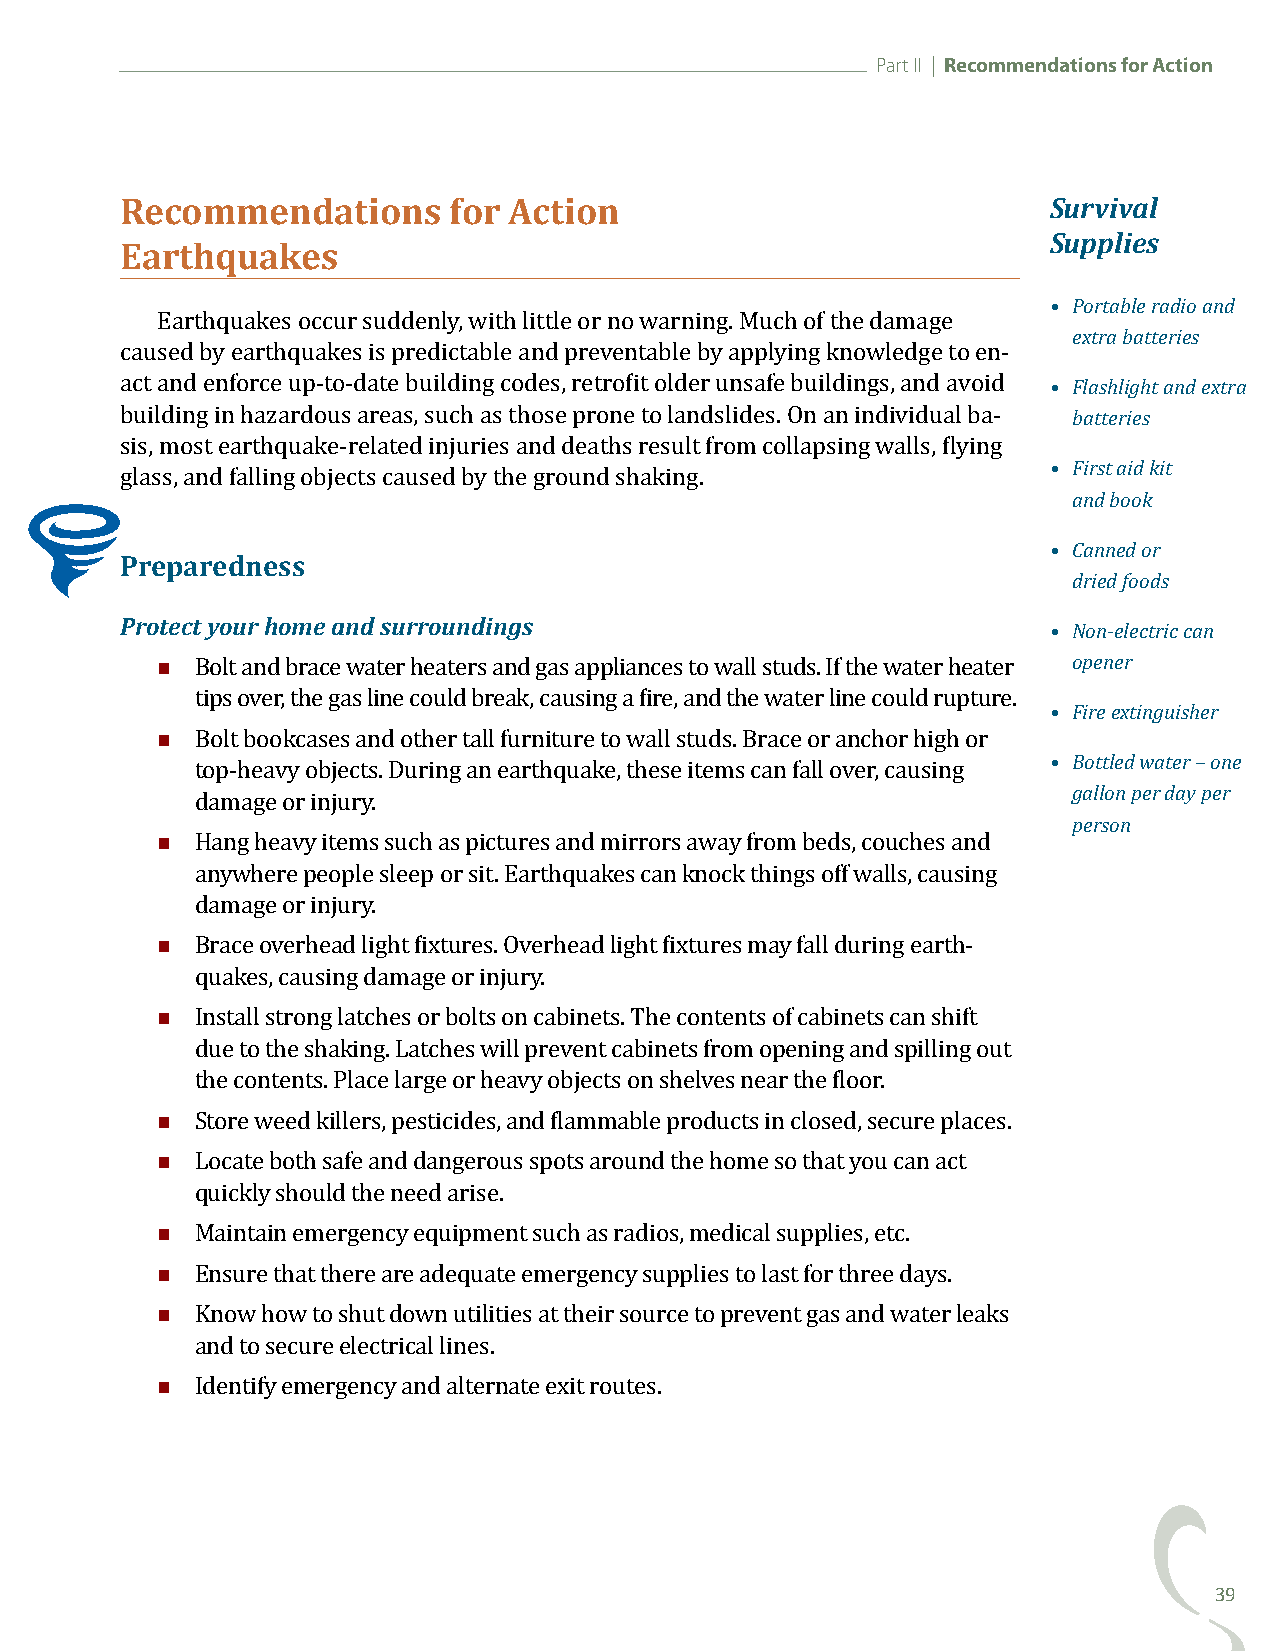
Part II | Recommendations for Action
 Recommendations       for Action                              Survival
 Supplies
 Earthquakes
 • Portable radio and
 extra batteries
 Earthquakes occur suddenly, with little or no warning. Much of the damage
 • Flashlight and extra
 caused by earthquakes is predictable and preventable by applying knowledge to en-
 batteries
 act and enforce up-to-date building codes, retrofit older unsafe buildings, and avoid
 building in hazardous areas, such as those prone to landslides. On an individual ba- • First aid kit
 sis, most earthquake-related injuries and deaths result from collapsing walls, flying and book
 glass, and falling objects caused by the ground shaking.
 • Canned or
 Preparedness
 dried foods
 Protect your home and surroundings                            • Non-electric can
 opener
 
 • Fire extinguisher
 Bolt and brace water heaters and gas appliances to wall studs. If the water heater
 
 tips over, the gas line could break, causing a fire, and the water line could rupture.
 • Bottled water – one
 Bolt bookcases and other tall furniture to wall studs. Brace or anchor high or gallon per day per
 top-heavy objects. During an earthquake, these items can fall over, causing person
 
 damage or injury.
 Hang heavy items such as pictures and mirrors away from beds, couches and
 anywhere people sleep or sit. Earthquakes can knock things off walls, causing
 
 damage or injury.
 Brace overhead light fixtures. Overhead light fixtures may fall during earth-
 
 quakes, causing damage or injury.
 Install strong latches or bolts on cabinets. The contents of cabinets can shift
 due to the shaking. Latches will prevent cabinets from opening and spilling out
 
 the contents. Place large or heavy objects on shelves near the floor.
 
 Store weed killers, pesticides, and flammable products in closed, secure places.
 Locate both safe and dangerous spots around the home so that you can act
 
 quickly should the need arise.
 
 Maintain emergency equipment such as radios, medical supplies, etc.
 
 Ensure that there are adequate emergency supplies to last for three days.
 Know how to shut down utilities at their source to prevent gas and water leaks
 
 and to secure electrical lines.
 Identify emergency and alternate exit routes.
 39